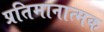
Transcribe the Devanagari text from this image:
प्रतिमानात्मक